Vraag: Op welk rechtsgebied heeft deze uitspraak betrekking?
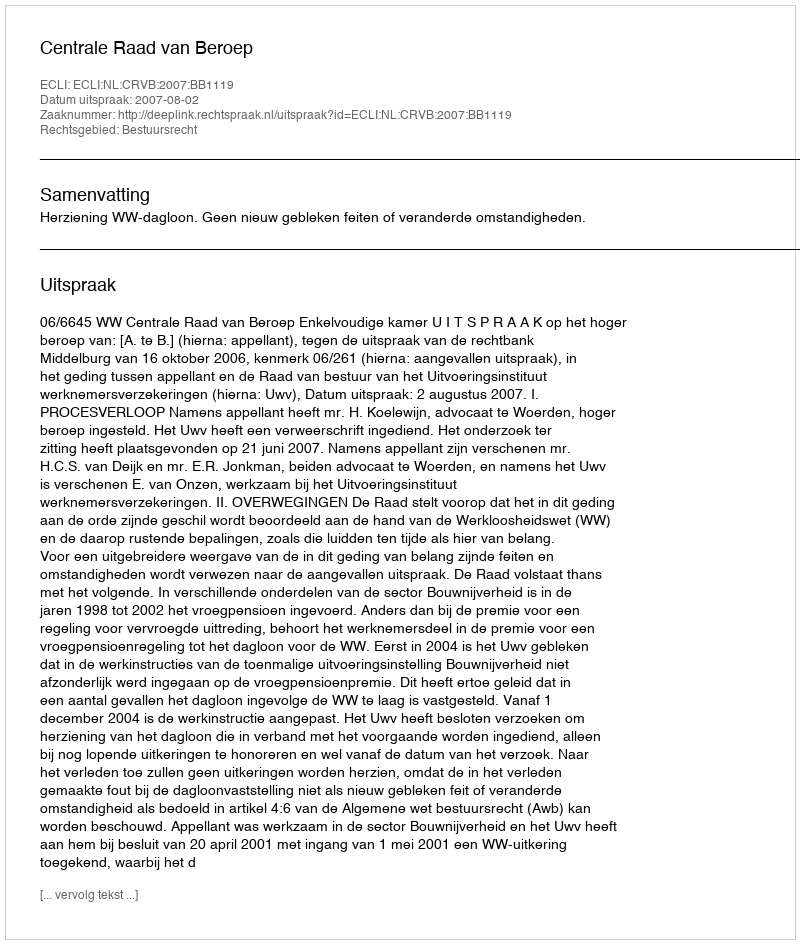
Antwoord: Bestuursrecht